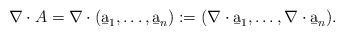
LaTeX: \begin{align*}\nabla \cdot A=\nabla\cdot (\b a_1,\ldots ,\b a_n):=(\nabla \cdot \b a_1,\ldots,\nabla\cdot\b a_n).\end{align*}